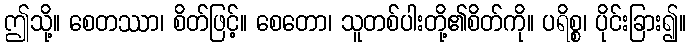
ဤသို့။ စေတဿာ၊ စိတ်ဖြင့်။ စေတော၊ သူတစ်ပါးတို့၏စိတ်ကို။ ပရိစ္စ၊ ပိုင်းခြား၍။